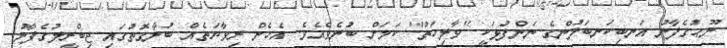
ނޫޙުގެފާނު އަނބިކަނބަލުންގެ ނަންފުޅަކީ "ވާލިހަތު" ކަމަށް ބުނެވެއެވެ. އެހެން ރިވާޔަތެއް ބުނާގޮތުގައި ޖިބްރީލުގެފާނު